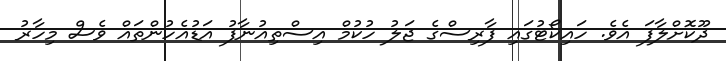
ދޫކޮށްލާފަ އެވެ. ހައިކޯޓުގައި ފާރިސްގެ ޖަލު ހުކުމް އިސްތިއުނާފު އަޑުއެހުންތައް ވެސް މިހާރު